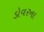
ડોવરના